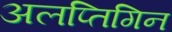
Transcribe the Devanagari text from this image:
अलप्तिगिन